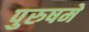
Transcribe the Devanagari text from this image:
पुरुषमें